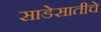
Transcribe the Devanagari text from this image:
साडेसातीचे